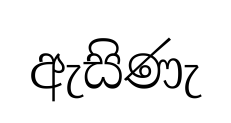
ඇසිණැ